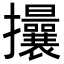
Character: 𢺖